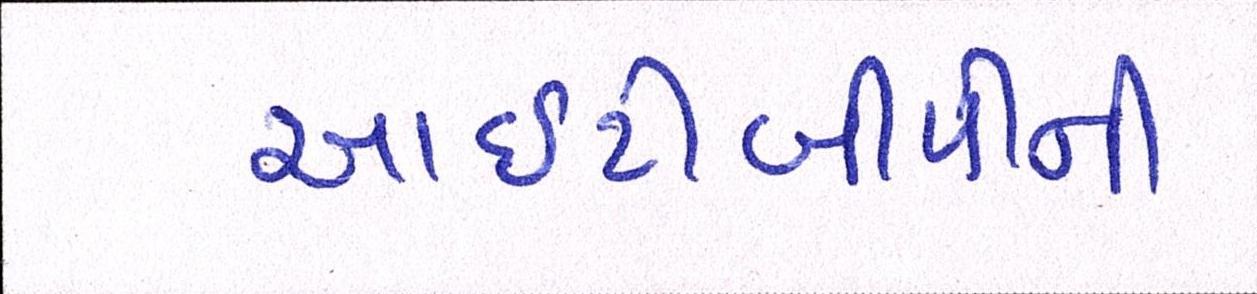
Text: આઇટીબીપીની